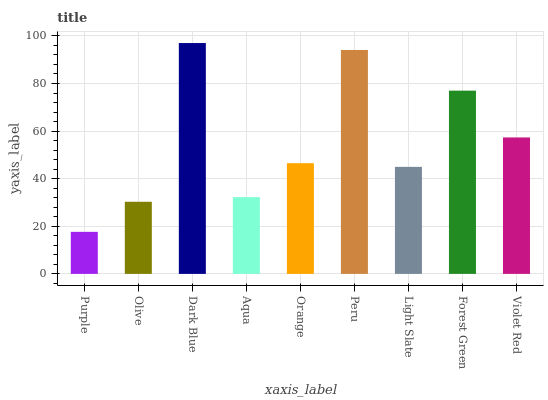
| xaxis_label | bars |
 | --- | --- |
 | Purple | 17.7 |
 | Olive | 30.3 |
 | Dark Blue | 97 |
 | Aqua | 32.3 |
 | Orange | 46.5 |
 | Peru | 94.1 |
 | Light Slate | 45 |
 | Forest Green | 77 |
 | Violet Red | 57.3 |